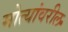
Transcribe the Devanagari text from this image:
मोत्यांवरील